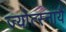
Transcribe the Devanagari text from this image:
ज्योत्स्नायै